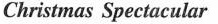
Christmas Spectacular